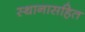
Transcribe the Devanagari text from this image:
स्थानासहित